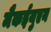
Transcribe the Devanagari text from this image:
मैकईयुएन